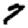
Digit: 7